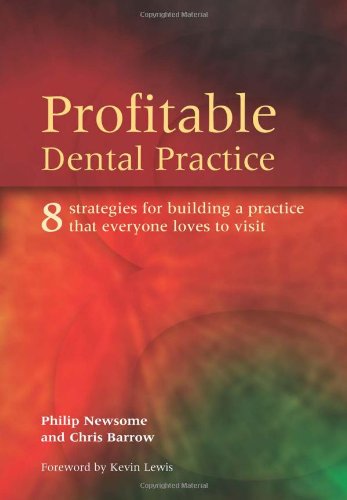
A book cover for Profitable Dental Practice: 8 Strategies for Building a Practice That Everyone Loves to Visit; Philip Newsome; Medical Books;